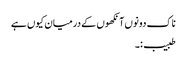
ناک دونوں آنکھوں کے درمیان کیوں ہے
طبیب:۔